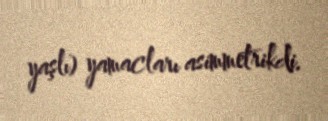
yaşlı) yamacları asimmetrikdi.